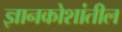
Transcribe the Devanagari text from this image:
ज्ञानकोशांतील